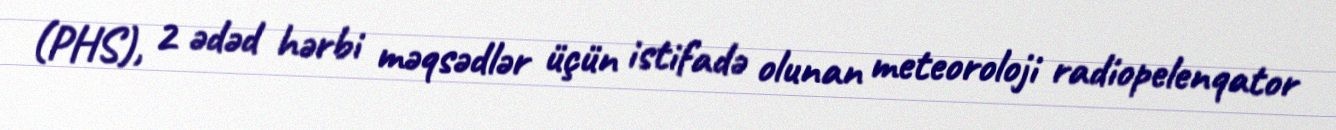
(PHS), 2 ədəd hərbi məqsədlər üçün istifadə olunan meteoroloji radiopelenqator